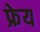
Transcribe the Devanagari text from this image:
फ्रेय